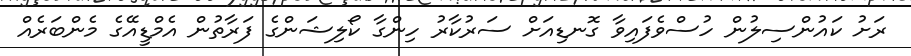
ރަށު ކައުންސިލުން ހުސްވެފައިވާ ގޮނޑިއަށް ސަރުކާރު ހިންގާ ކޯލިޝަންގެ ފަރާތުން އެމްޑީއޭގެ މެންބަރެއް